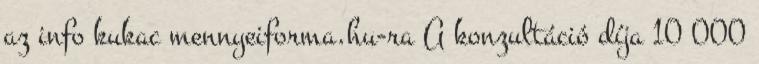
az info kukac mennyeiforma.hu-ra A konzultáció díja 10 000